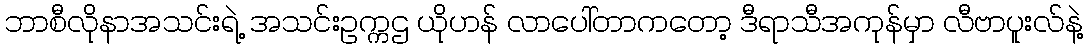
ဘာစီလိုနာအသင်းရဲ့ အသင်းဥက္ကဌ ယိုဟန် လာပေါ်တာကတော့ ဒီရာသီအကုန်မှာ လီဗာပူးလ်နဲ့